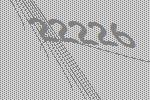
22226